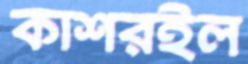
কাশরইল